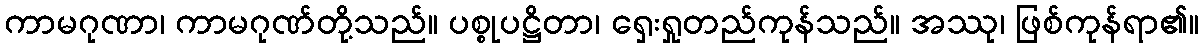
ကာမဂုဏာ၊ ကာမဂုဏ်တို့သည်။ ပစ္စုပဋ္ဌိတာ၊ ရှေးရှုတည်ကုန်သည်။ အဿု၊ ဖြစ်ကုန်ရာ၏။